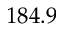
1 8 4 . 9